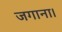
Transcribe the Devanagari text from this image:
जगाना।